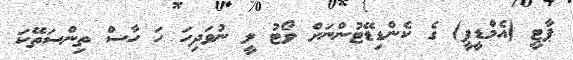
ޕާޓީ (އެމްޑީޕީ) ގެ ކެންޑިޑޭޓުންނަށް ވޯޓު ލީ ނުވަދިހަ ހަ ހާސް ތިންސަތޭކަ